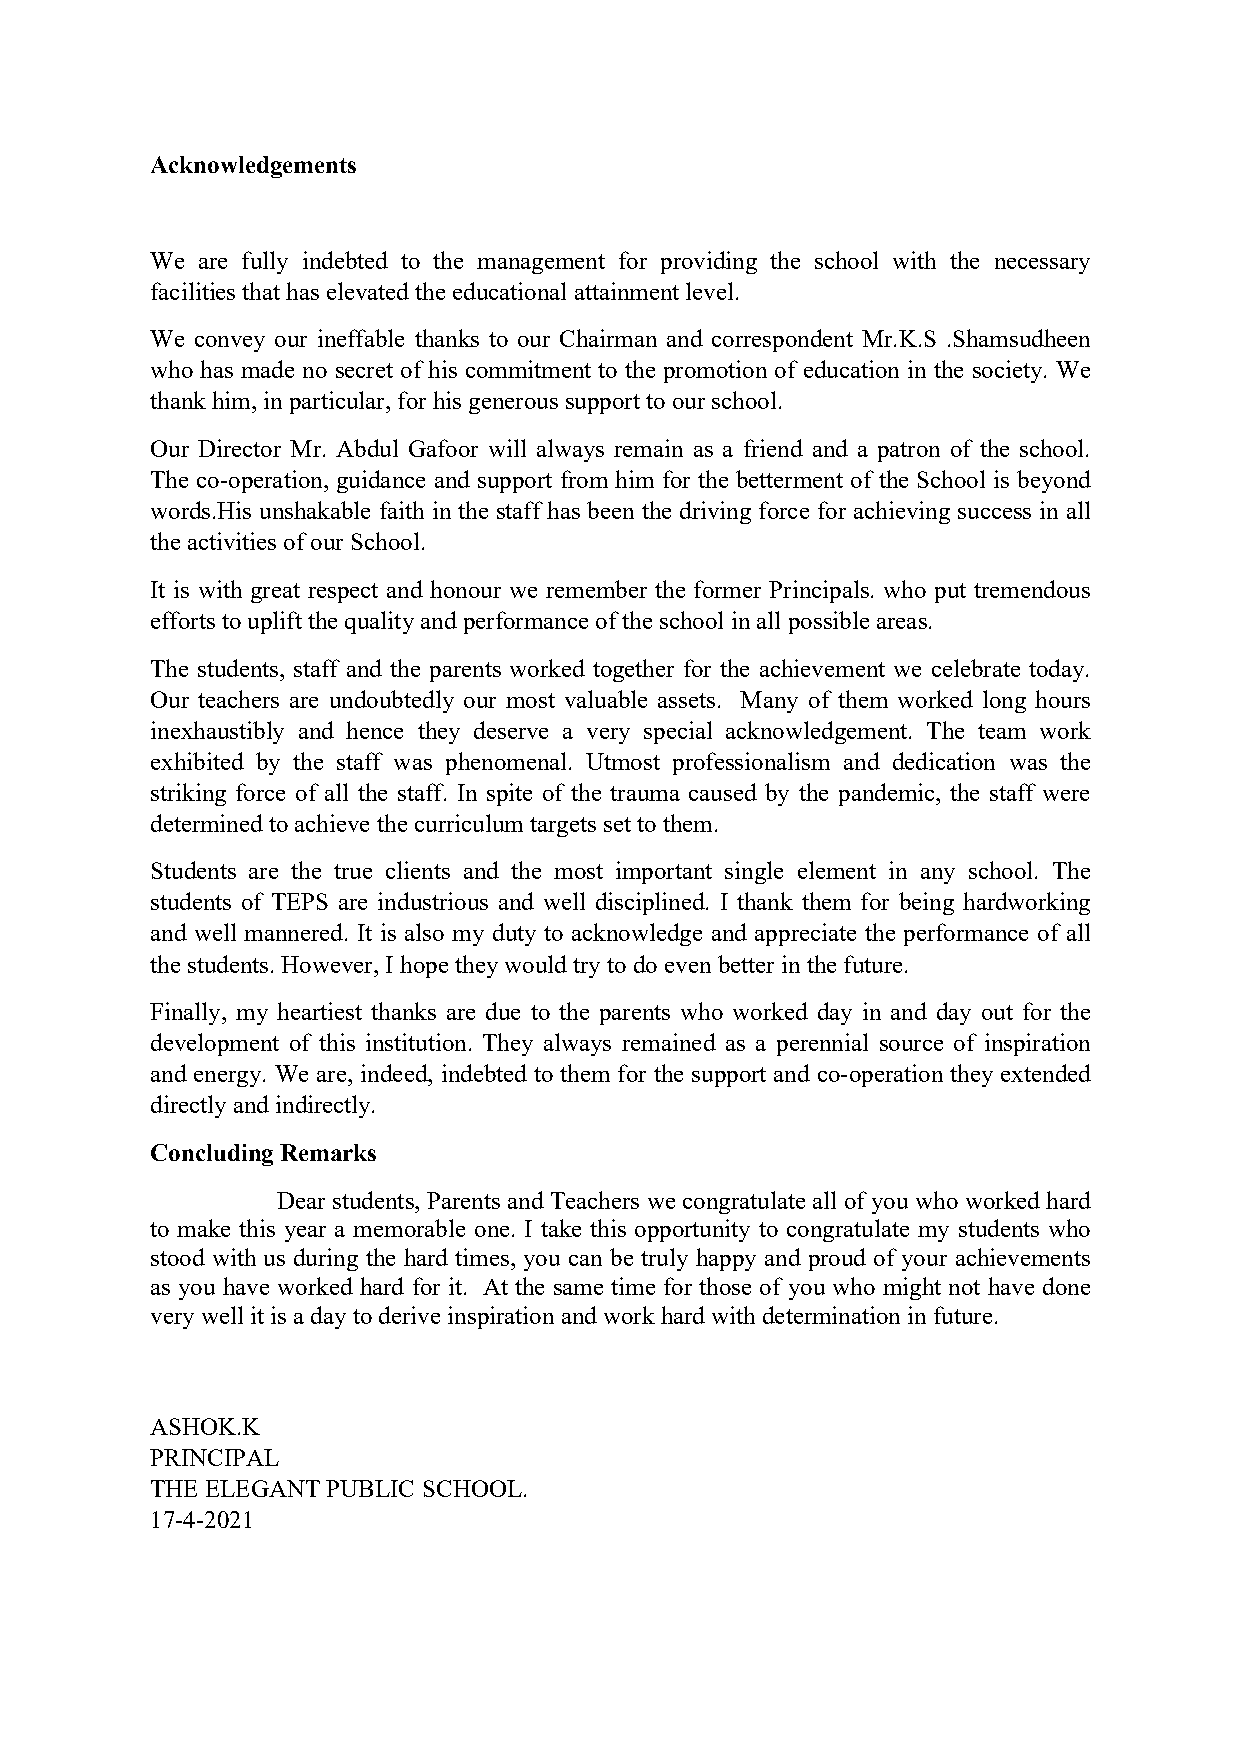
Acknowledgements
 We are fully indebted to the management for providing the school with the necessary
 facilities that has elevated theeducational attainment level.
 We convey our ineffable thanks to our Chairman and correspondent Mr.K.S .Shamsudheen
 who has made no secret of his commitment to the promotion of education in the society. We
 thank him,in particular, for his generous support to our school.
 Our Director Mr. Abdul Gafoor will always remain as a friend and a patron of the school.
 The co-operation, guidance and support from him for the betterment of the School is beyond
 words.His unshakable faith in the staff has been the driving force for achieving success in all
 theactivities ofour School.
 It is with great respect and honour we remember the former Principals. who put tremendous
 efforts to upliftthequality and performance oftheschool in all possibleareas.
 The students, staff and the parents worked together for the achievement we celebrate today.
 Our teachers are undoubtedly our most valuable assets. Many of them worked long hours
 inexhaustibly and hence they deserve a very special acknowledgement. The team work
 exhibited by the staff was phenomenal. Utmost professionalism and dedication was the
 striking force of all the staff. In spite of the trauma caused by the pandemic, the staff were
 determined toachieve the curriculum targets set to them.
 Students are the true clients and the most important single element in any school. The
 students of TEPS are industrious and well disciplined. I thank them for being hardworking
 and well mannered. It is also my duty to acknowledge and appreciate the performance of all
 thestudents. However, I hopethey would try to doeven betterin thefuture.
 Finally, my heartiest thanks are due to the parents who worked day in and day out for the
 development of this institution. They always remained as a perennial source of inspiration
 and energy. We are, indeed, indebted to them for the support and co-operation they extended
 directly and indirectly.
 Concluding Remarks
 Dear students, Parents and Teachers we congratulate all of you who worked hard
 to make this year a memorable one. I take this opportunity to congratulate my students who
 stood with us during the hard times, you can be truly happy and proud of your achievements
 as you have worked hard for it. At the same time for those of you who might not have done
 very well itis aday toderive inspiration and work hard withdetermination in future.
 ASHOK.K
 PRINCIPAL
 THE ELEGANT PUBLIC SCHOOL.
 17-4-2021